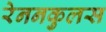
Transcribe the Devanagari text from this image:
रेननकुलस